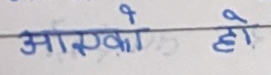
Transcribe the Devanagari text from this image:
आएको हो